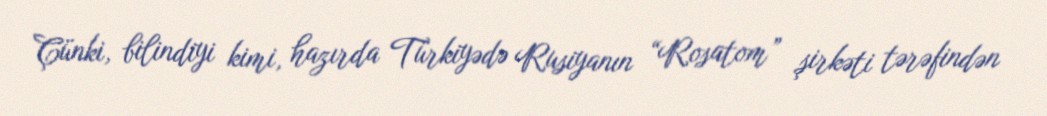
Çünki, bilindiyi kimi, hazırda Türkiyədə Rusiyanın “Rosatom” şirkəti tərəfindən